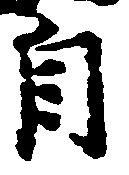
自